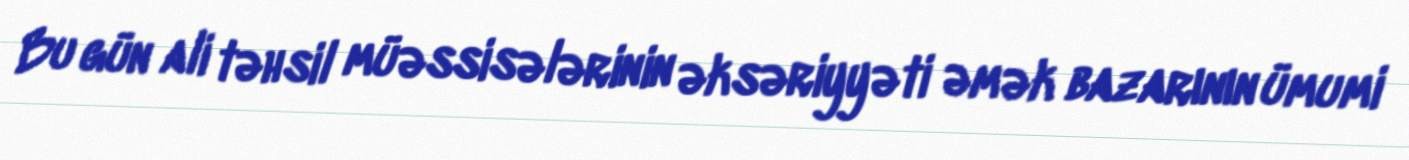
Bu gün ali təhsil müəssisələrinin əksəriyyəti əmək bazarının ümumi